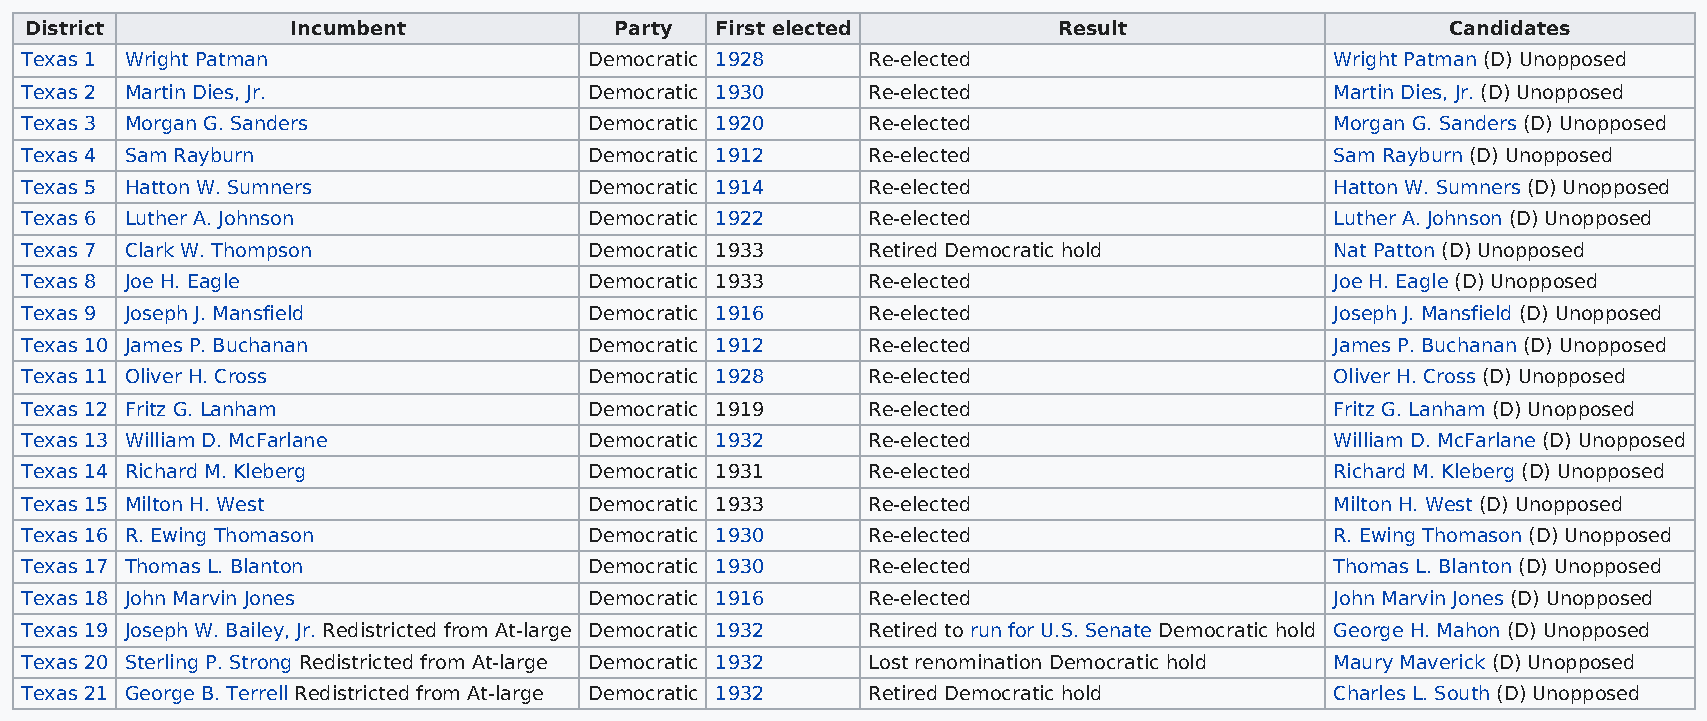
District         Incumbent             Party First elected          Result                    Candidates
 Texas 1 Wright Patman                 Democratic 1928   Re-elected                     Wright Patman (D) Unopposed
 Texas 2 Martin Dies, Jr.              Democratic 1930   Re-elected                     Martin Dies, Jr. (D) Unopposed
 Texas 3 Morgan G. Sanders             Democratic 1920   Re-elected                     Morgan G. Sanders (D) Unopposed
 Texas 4 Sam Rayburn                   Democratic 1912   Re-elected                     Sam Rayburn (D) Unopposed
 Texas 5 Hatton W. Sumners             Democratic 1914   Re-elected                     Hatton W. Sumners (D) Unopposed
 Texas 6 Luther A. Johnson             Democratic 1922   Re-elected                     Luther A. Johnson (D) Unopposed
 Texas 7 Clark W. Thompson             Democratic 1933   Retired Democratic hold        Nat Patton (D) Unopposed
 Texas 8 Joe H. Eagle                  Democratic 1933   Re-elected                     Joe H. Eagle (D) Unopposed
 Texas 9 Joseph J. Mansfield           Democratic 1916   Re-elected                     Joseph J. Mansfield (D) Unopposed
 Texas 10 James P. Buchanan            Democratic 1912   Re-elected                     James P. Buchanan (D) Unopposed
 Texas 11 Oliver H. Cross              Democratic 1928   Re-elected                     Oliver H. Cross (D) Unopposed
 Texas 12 Fritz G. Lanham              Democratic 1919   Re-elected                     Fritz G. Lanham (D) Unopposed
 Texas 13 William D. McFarlane         Democratic 1932   Re-elected                     William D. McFarlane (D) Unopposed
 Texas 14 Richard M. Kleberg           Democratic 1931   Re-elected                     Richard M. Kleberg (D) Unopposed
 Texas 15 Milton H. West               Democratic 1933   Re-elected                     Milton H. West (D) Unopposed
 Texas 16 R. Ewing Thomason            Democratic 1930   Re-elected                     R. Ewing Thomason (D) Unopposed
 Texas 17 Thomas L. Blanton            Democratic 1930   Re-elected                     Thomas L. Blanton (D) Unopposed
 Texas 18 John Marvin Jones            Democratic 1916   Re-elected                     John Marvin Jones (D) Unopposed
 Texas 19 Joseph W. Bailey, Jr. Redistricted from At-large Democratic 1932 Retired to run for U.S. Senate Democratic hold George H. Mahon (D) Unopposed
 Texas 20 Sterling P. Strong Redistricted from At-large Democratic 1932 Lost renomination Democratic hold Maury Maverick (D) Unopposed
 Texas 21 George B. Terrell Redistricted from At-large Democratic 1932 Retired Democratic hold Charles L. South (D) Unopposed